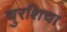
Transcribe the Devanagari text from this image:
चुरशिचा